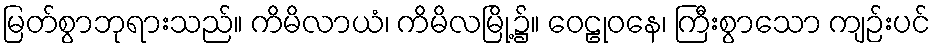
မြတ်စွာဘုရားသည်။ ကိမိလာယံ၊ ကိမိလမြို့၌။ ဝေဠုဝနေ၊ ကြီးစွာသော ကျဉ်းပင်